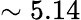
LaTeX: \sim 5.14